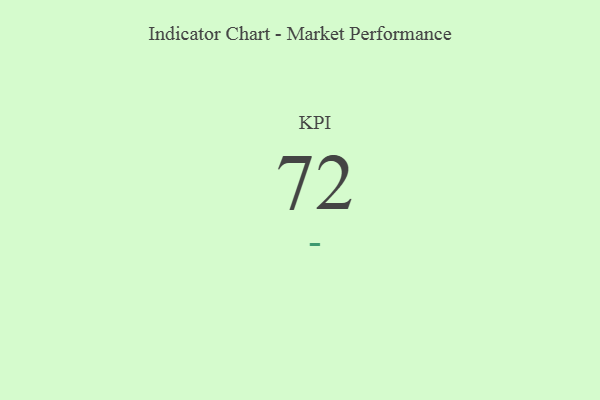
{"axis": {"x": "KPI", "y": "Value"}, "legend": [""], "data": [{"x": "KPI", "y": 72, "type": ""}]}